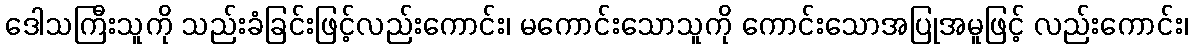
ဒေါသကြီးသူကို သည်းခံခြင်းဖြင့်လည်းကောင်း၊ မကောင်းသောသူကို ကောင်းသောအပြုအမူဖြင့် လည်းကောင်း၊